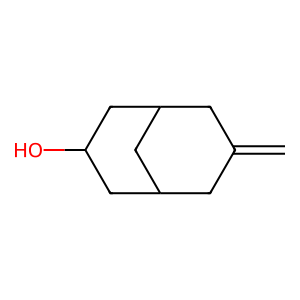
SMILES: C=C1CC2CC(O)CC(C1)C2
Inhibits HIV replication: No